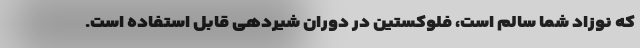
که نوزاد شما سالم است، فلوکستین در دوران شیردهی قابل استفاده است.